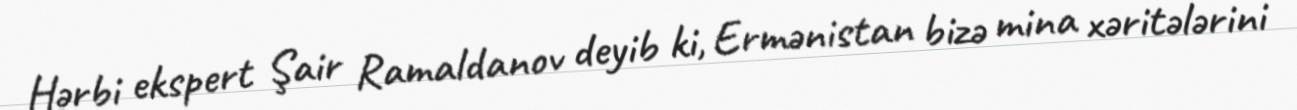
Hərbi ekspert Şair Ramaldanov deyib ki, Ermənistan bizə mina xəritələrini